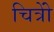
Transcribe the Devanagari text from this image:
चित्रोें